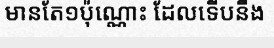
មានតែ១ប៉ុណ្ណោះ ដែលទើបនឹង